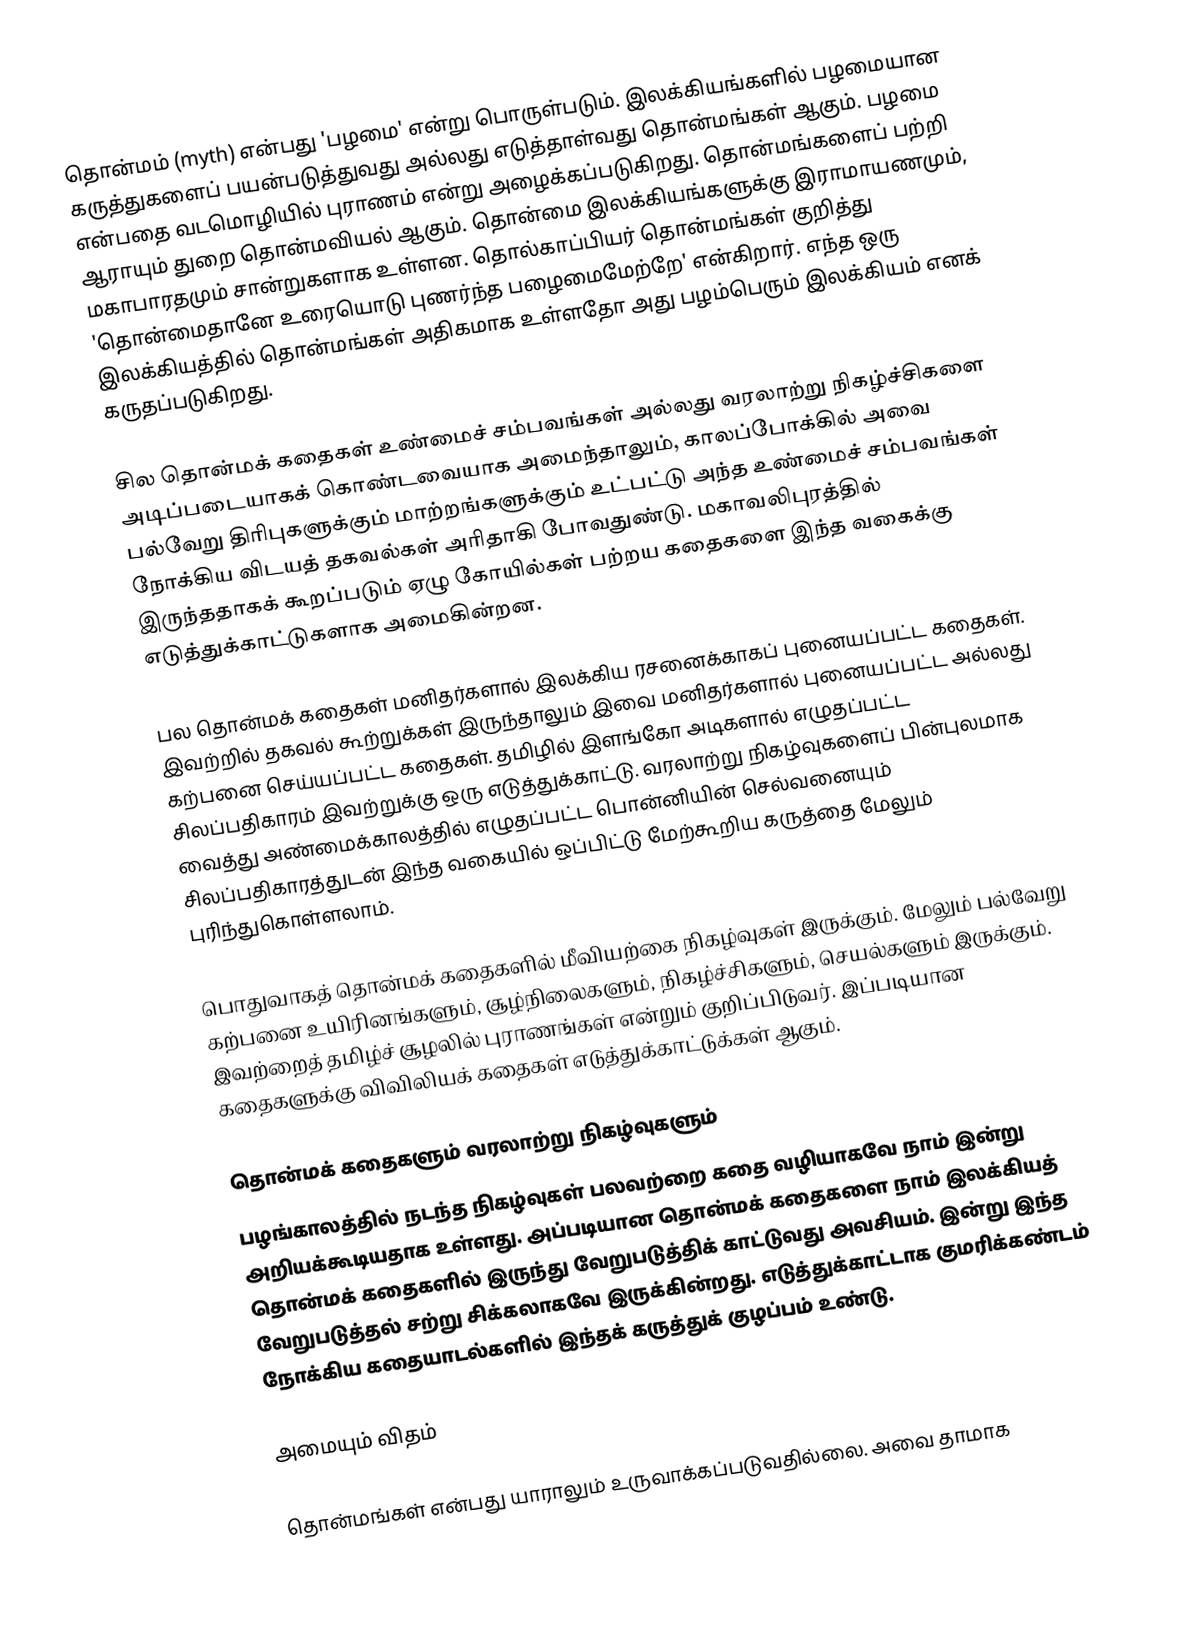
தொன்மம் (myth) என்பது 'பழமை' என்று பொருள்படும். இலக்கியங்களில் பழமையான கருத்துகளைப் பயன்படுத்துவது அல்லது எடுத்தாள்வது தொன்மங்கள் ஆகும். பழமை என்பதை வடமொழியில் புராணம் என்று அழைக்கப்படுகிறது. தொன்மங்களைப் பற்றி ஆராயும்  துறை தொன்மவியல் ஆகும். தொன்மை இலக்கியங்களுக்கு இராமாயணமும், மகாபாரதமும் சான்றுகளாக உள்ளன.  தொல்காப்பியர் தொன்மங்கள் குறித்து 'தொன்மைதானே உரையொடு புணர்ந்த பழைமைமேற்றே' என்கிறார். எந்த ஒரு இலக்கியத்தில் தொன்மங்கள் அதிகமாக உள்ளதோ அது பழம்பெரும் இலக்கியம் எனக் கருதப்படுகிறது.

சில தொன்மக் கதைகள் உண்மைச் சம்பவங்கள் அல்லது வரலாற்று நிகழ்ச்சிகளை அடிப்படையாகக் கொண்டவையாக அமைந்தாலும், காலப்போக்கில் அவை பல்வேறு திரிபுகளுக்கும் மாற்றங்களுக்கும் உட்பட்டு அந்த உண்மைச் சம்பவங்கள் நோக்கிய விடயத் தகவல்கள் அரிதாகி போவதுண்டு. மகாவலிபுரத்தில் இருந்ததாகக் கூறப்படும் ஏழு கோயில்கள் பற்றய கதைகளை இந்த வகைக்கு எடுத்துக்காட்டுகளாக அமைகின்றன.

பல தொன்மக் கதைகள் மனிதர்களால் இலக்கிய ரசனைக்காகப் புனையப்பட்ட கதைகள். இவற்றில் தகவல் கூற்றுக்கள் இருந்தாலும் இவை மனிதர்களால் புனையப்பட்ட அல்லது கற்பனை செய்யப்பட்ட கதைகள். தமிழில் இளங்கோ அடிகளால் எழுதப்பட்ட சிலப்பதிகாரம் இவற்றுக்கு ஒரு எடுத்துக்காட்டு. வரலாற்று நிகழ்வுகளைப் பின்புலமாக வைத்து அண்மைக்காலத்தில் எழுதப்பட்ட பொன்னியின் செல்வனையும் சிலப்பதிகாரத்துடன் இந்த வகையில் ஒப்பிட்டு மேற்கூறிய கருத்தை மேலும் புரிந்துகொள்ளலாம்.

பொதுவாகத்  தொன்மக் கதைகளில் மீவியற்கை நிகழ்வுகள் இருக்கும். மேலும் பல்வேறு கற்பனை உயிரினங்களும், சூழ்நிலைகளும், நிகழ்ச்சிகளும், செயல்களும் இருக்கும்.  இவற்றைத் தமிழ்ச் சூழலில் புராணங்கள் என்றும் குறிப்பிடுவர்.  இப்படியான கதைகளுக்கு விவிலியக் கதைகள் எடுத்துக்காட்டுக்கள் ஆகும்.

தொன்மக் கதைகளும் வரலாற்று நிகழ்வுகளும்
பழங்காலத்தில் நடந்த நிகழ்வுகள் பலவற்றை கதை வழியாகவே நாம் இன்று அறியக்கூடியதாக உள்ளது.  அப்படியான தொன்மக் கதைகளை நாம் இலக்கியத் தொன்மக் கதைகளில் இருந்து வேறுபடுத்திக் காட்டுவது அவசியம்.  இன்று இந்த வேறுபடுத்தல் சற்று சிக்கலாகவே இருக்கின்றது.  எடுத்துக்காட்டாக குமரிக்கண்டம் நோக்கிய கதையாடல்களில் இந்தக் கருத்துக் குழப்பம் உண்டு.

அமையும் விதம்

தொன்மங்கள் என்பது யாராலும் உருவாக்கப்படுவதில்லை.  அவை தாமாக